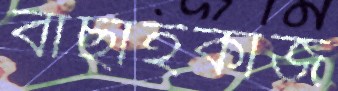
বাছাইকাজ